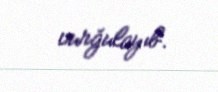
vurğulayıb.